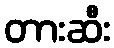
တားဆီး